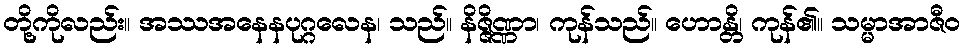
တို့ကိုလည်း။ အဿအနေနပုဂ္ဂလေန၊ သည်။ နိဇ္ဇိဏ္ဏာ၊ ကုန်သည်။ ဟောန္တိ၊ ကုန်၏။ သမ္မာအာဇီဝ